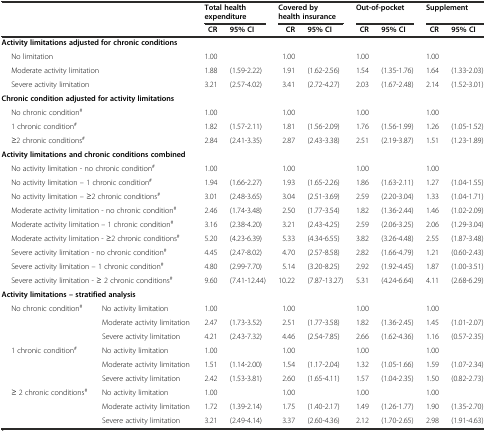
<table><thead><tr><td colspan="2"></td><td colspan="2"><b>Total health expenditure</b></td><td colspan="2"><b>Covered by health insurance</b></td><td colspan="2"><b>Out-of-pocket</b></td><td colspan="2"><b>Supplement</b></td></tr><tr><td colspan="2"></td><td><b>CR</b></td><td><b>95% CI</b></td><td><b>CR</b></td><td><b>95% CI</b></td><td><b>CR</b></td><td><b>95% CI</b></td><td><b>CR</b></td><td><b>95% CI</b></td></tr></thead><tbody><tr><td colspan="2"><b>Activity limitations adjusted for chronic conditions</b></td><td></td><td></td><td></td><td></td><td></td><td></td><td></td><td></td></tr><tr><td colspan="2">No limitation</td><td>1.00</td><td></td><td>1.00</td><td></td><td>1.00</td><td></td><td>1.00</td><td></td></tr><tr><td colspan="2">Moderate activity limitation</td><td>1.88</td><td>(1.59-2.22)</td><td>1.91</td><td>(1.62-2.56)</td><td>1.54</td><td>(1.35-1.76)</td><td>1.64</td><td>(1.33-2.03)</td></tr><tr><td colspan="2">Severe activity limitation</td><td>3.21</td><td>(2.57-4.02)</td><td>3.41</td><td>(2.72-4.27)</td><td>2.03</td><td>(1.67-2.48)</td><td>2.14</td><td>(1.52-3.01)</td></tr><tr><td colspan="2"><b>Chronic condition adjusted for activity limitations</b></td><td></td><td></td><td></td><td></td><td></td><td></td><td></td><td></td></tr><tr><td colspan="2">No chronic condition<sup>#</sup></td><td>1.00</td><td></td><td>1.00</td><td></td><td>1.00</td><td></td><td>1.00</td><td></td></tr><tr><td colspan="2">1 chronic condition<sup>#</sup></td><td>1.82</td><td>(1.57-2.11)</td><td>1.81</td><td>(1.56-2.09)</td><td>1.76</td><td>(1.56-1.99)</td><td>1.26</td><td>(1.05-1.52)</td></tr><tr><td colspan="2">≥2 chronic conditions<sup>#</sup></td><td>2.84</td><td>(2.41-3.35)</td><td>2.87</td><td>(2.43-3.38)</td><td>2.51</td><td>(2.19-3.87)</td><td>1.51</td><td>(1.23-1.89)</td></tr><tr><td colspan="2"><b>Activity limitations and chronic conditions combined</b></td><td></td><td></td><td></td><td></td><td></td><td></td><td></td><td></td></tr><tr><td colspan="2">No activity limitation - no chronic condition<sup>#</sup></td><td>1.00</td><td></td><td>1.00</td><td></td><td>1.00</td><td></td><td>1.00</td><td></td></tr><tr><td colspan="2">No activity limitation – 1 chronic condition<sup>#</sup></td><td>1.94</td><td>(1.66-2.27)</td><td>1.93</td><td>(1.65-2.26)</td><td>1.86</td><td>(1.63-2.11)</td><td>1.27</td><td>(1.04-1.55)</td></tr><tr><td colspan="2">No activity limitation – ≥2 chronic conditions<sup>#</sup></td><td>3.01</td><td>(2.48-3.65)</td><td>3.04</td><td>(2.51-3.69)</td><td>2.59</td><td>(2.20-3.04)</td><td>1.33</td><td>(1.04-1.71)</td></tr><tr><td colspan="2">Moderate activity limitation - no chronic condition<sup>#</sup></td><td>2.46</td><td>(1.74-3.48)</td><td>2.50</td><td>(1.77-3.54)</td><td>1.82</td><td>(1.36-2.44)</td><td>1.46</td><td>(1.02-2.09)</td></tr><tr><td colspan="2">Moderate activity limitation – 1 chronic condition<sup>#</sup></td><td>3.16</td><td>(2.38-4.20)</td><td>3.21</td><td>(2.43-4.25)</td><td>2.59</td><td>(2.06-3.25)</td><td>2.06</td><td>(1.29-3.04)</td></tr><tr><td colspan="2">Moderate activity limitation - ≥2 chronic conditions<sup>#</sup></td><td>5.20</td><td>(4.23-6.39)</td><td>5.33</td><td>(4.34-6.55)</td><td>3.82</td><td>(3.26-4.48)</td><td>2.55</td><td>(1.87-3.48)</td></tr><tr><td colspan="2">Severe activity limitation - no chronic condition<sup>#</sup></td><td>4.45</td><td>(2.47-8.02)</td><td>4.70</td><td>(2.57-8.58)</td><td>2.82</td><td>(1.66-4.79)</td><td>1.21</td><td>(0.60-2.43)</td></tr><tr><td colspan="2">Severe activity limitation – 1 chronic condition<sup>#</sup></td><td>4.80</td><td>(2.99-7.70)</td><td>5.14</td><td>(3.20-8.25)</td><td>2.92</td><td>(1.92-4.45)</td><td>1.87</td><td>(1.00-3.51)</td></tr><tr><td colspan="2">Severe activity limitation - ≥ 2 chronic conditions<sup>#</sup></td><td>9.60</td><td>(7.41-12.44)</td><td>10.22</td><td>(7.87-13.27)</td><td>5.31</td><td>(4.24-6.64)</td><td>4.11</td><td>(2.68-6.29)</td></tr><tr><td colspan="2"><b>Activity limitations – stratified analysis</b></td><td></td><td></td><td></td><td></td><td></td><td></td><td></td><td></td></tr><tr><td>No chronic condition<sup>#</sup></td><td>No activity limitation</td><td>1.00</td><td></td><td>1.00</td><td></td><td>1.00</td><td></td><td>1.00</td><td></td></tr><tr><td></td><td>Moderate activity limitation</td><td>2.47</td><td>(1.73-3.52)</td><td>2.51</td><td>(1.77-3.58)</td><td>1.82</td><td>(1.36-2.45)</td><td>1.45</td><td>(1.01-2.07)</td></tr><tr><td></td><td>Severe activity limitation</td><td>4.21</td><td>(2.43-7.32)</td><td>4.46</td><td>(2.54-7.85)</td><td>2.66</td><td>(1.62-4.36)</td><td>1.16</td><td>(0.57-2.35)</td></tr><tr><td>1 chronic condition<sup>#</sup></td><td>No activity limitation</td><td>1.00</td><td></td><td>1.00</td><td></td><td>1.00</td><td></td><td>1.00</td><td></td></tr><tr><td></td><td>Moderate activity limitation</td><td>1.51</td><td>(1.14-2.00)</td><td>1.54</td><td>(1.17-2.04)</td><td>1.32</td><td>(1.05-1.66)</td><td>1.59</td><td>(1.07-2.34)</td></tr><tr><td></td><td>Severe activity limitation</td><td>2.42</td><td>(1.53-3.81)</td><td>2.60</td><td>(1.65-4.11)</td><td>1.57</td><td>(1.04-2.35)</td><td>1.50</td><td>(0.82-2.73)</td></tr><tr><td>≥ 2 chronic conditions<sup>#</sup></td><td>No activity limitation</td><td>1.00</td><td></td><td>1.00</td><td></td><td>1.00</td><td></td><td>1.00</td><td></td></tr><tr><td></td><td>Moderate activity limitation</td><td>1.72</td><td>(1.39-2.14)</td><td>1.75</td><td>(1.40-2.17)</td><td>1.49</td><td>(1.26-1.77)</td><td>1.90</td><td>(1.35-2.70)</td></tr><tr><td></td><td>Severe activity limitation</td><td>3.21</td><td>(2.49-4.14)</td><td>3.37</td><td>(2.60-4.36)</td><td>2.12</td><td>(1.70-2.65)</td><td>2.98</td><td>(1.91-4.63)</td></tr></tbody></table>